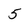
Character: 5